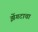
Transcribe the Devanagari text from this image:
झेंगटाचा